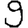
Digit: 9